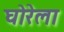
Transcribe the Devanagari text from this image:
घोरेला